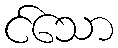
င်သော